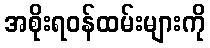
အစိုးရဝန်ထမ်းများကို